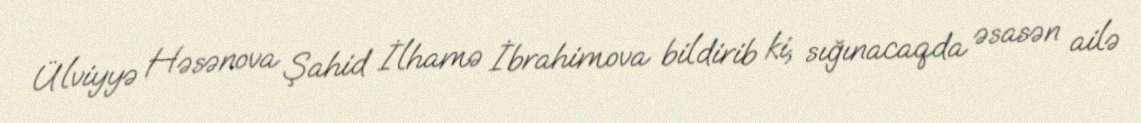
Ülviyyə Həsənova Şahid İlhamə İbrahimova bildirib ki, sığınacaqda əsasən ailə